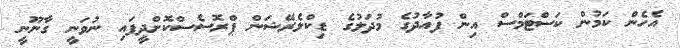
އެހެން ކަމުން ކަސްޓަމްސް އިން ފުއާދުގެ މުދަލުގެ ޑިކްލެރޭޝަން ޕްރޮސެސްކޮށްދީފައި ނުވަނީ ގާނޫނީ